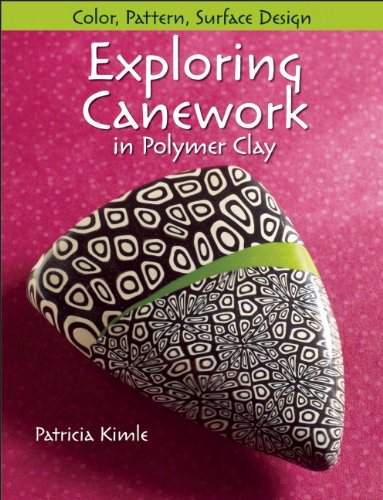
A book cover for Exploring Canework in Polymer Clay: Color, Pattern, Surface Design; Patricia Kimle; Crafts, Hobbies & Home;